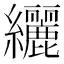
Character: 纚